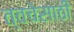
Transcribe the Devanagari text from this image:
त्वचेसाठी